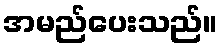
အမည်ပေးသည်။